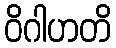
ဝိဂါဟတိ